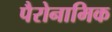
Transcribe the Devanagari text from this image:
पैरोनामिक